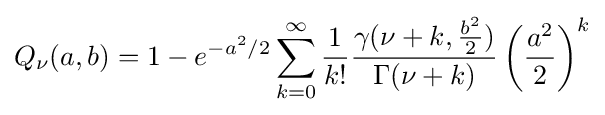
Q_{\nu }(a,b)=1-e^{-a^{2}/2}\sum _{k=0}^{\infty }{\frac {1}{k!}}{\frac {\gamma (\nu +k,{\frac {b^{2}}{2}})}{\Gamma (\nu +k)}}\left({\frac {a^{2}}{2}}\right)^{k}